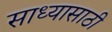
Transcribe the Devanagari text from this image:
साध्यासाठी